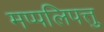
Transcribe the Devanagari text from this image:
मप्पलिपत्तु